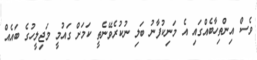
ވެސް އިންތިހާބެއްގައި އެ މަނިކުފާނު ބަލި ނުކުރެވޭނެތީ ކަމަށް ގައުމީ މަޖިލީހުގެ ބައެއް